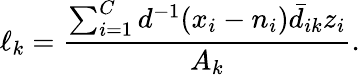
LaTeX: \ell_{k}=\frac{\sum_{i=1}^{C}d^{-1}(x_{i}-n_{i})\bar{d}_{ik}z_{i}}{A_{k}}.